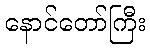
နောင်တော်ကြီး